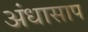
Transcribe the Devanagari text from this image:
अंधासाप